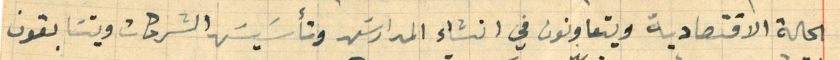
الحالة الاقتصادية ويتعاونون في انشاء المدارسَ وتأسَيسَ الشركات ويتسَابقون